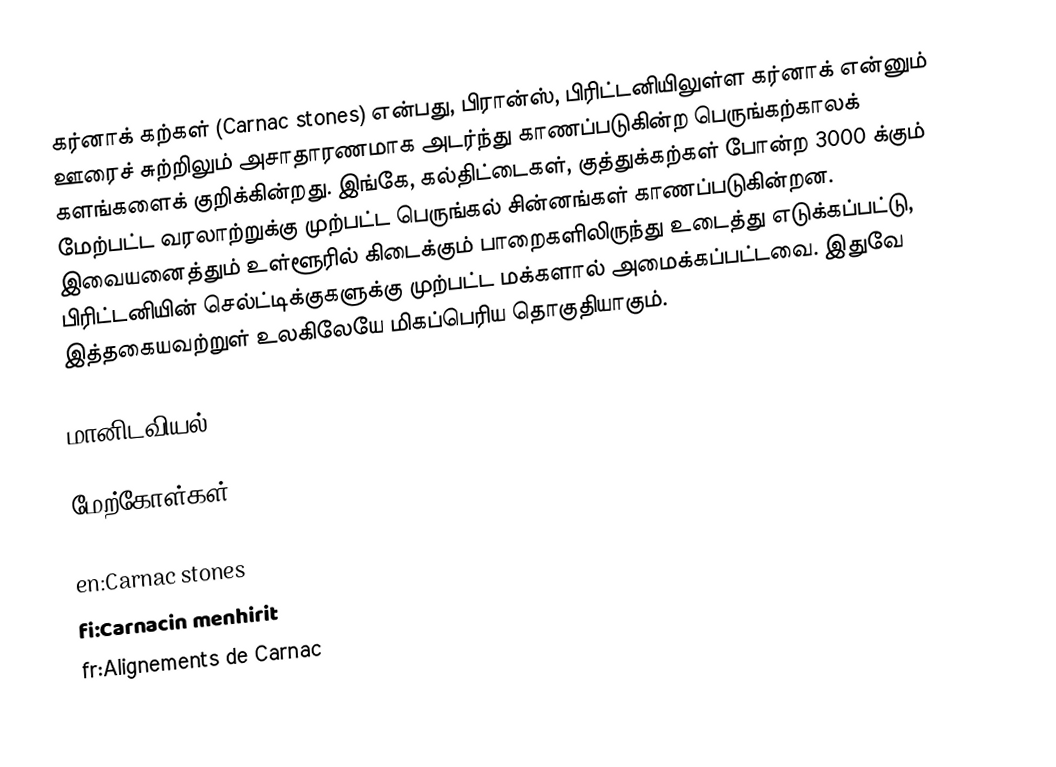
கர்னாக் கற்கள் (Carnac stones) என்பது, பிரான்ஸ், பிரிட்டனியிலுள்ள கர்னாக் என்னும் ஊரைச் சுற்றிலும் அசாதாரணமாக அடர்ந்து காணப்படுகின்ற பெருங்கற்காலக் களங்களைக் குறிக்கின்றது. இங்கே, கல்திட்டைகள், குத்துக்கற்கள் போன்ற 3000 க்கும் மேற்பட்ட வரலாற்றுக்கு முற்பட்ட பெருங்கல் சின்னங்கள் காணப்படுகின்றன. இவையனைத்தும் உள்ளூரில் கிடைக்கும் பாறைகளிலிருந்து உடைத்து எடுக்கப்பட்டு, பிரிட்டனியின் செல்ட்டிக்குகளுக்கு முற்பட்ட மக்களால் அமைக்கப்பட்டவை. இதுவே இத்தகையவற்றுள் உலகிலேயே மிகப்பெரிய தொகுதியாகும்.

மானிடவியல்

மேற்கோள்கள்

en:Carnac stones
fi:Carnacin menhirit
fr:Alignements de Carnac